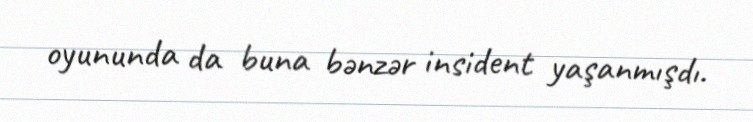
oyununda da buna bənzər insident yaşanmışdı.